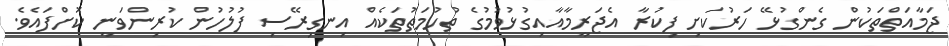
ޖަމާއަތްތަކުން ގެންގުޅޭ ހަރުކަށި ފިކުރާ އެޖަރީމާއާއިގުޅުވުމުގެ ތުހުމަތުތަކެއް އިނގިރޭސި ފުލުހުން ކުރިންވަނީ ކޮށްފައެވެ.